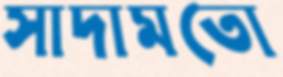
সাদামতো